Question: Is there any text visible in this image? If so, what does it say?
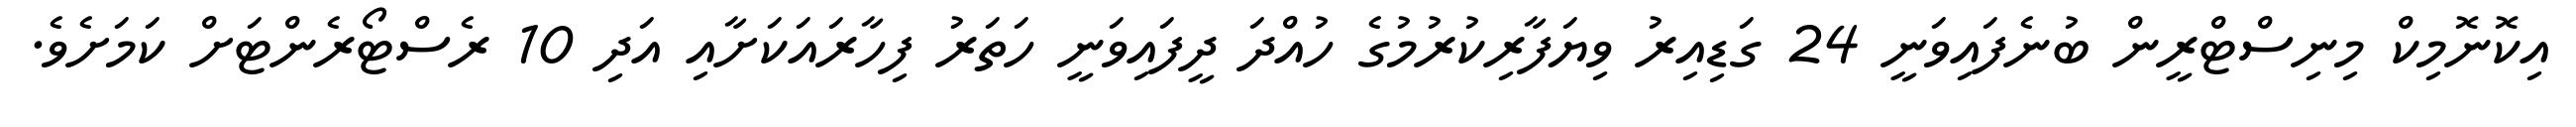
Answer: އިކޮނޮމިކް މިނިސްޓްރީން ބުނެފައިވަނީ 24 ގަޑިއިރު ވިޔަފާރިކުރުމުގެ ހުއްދަ ދީފައިވަނީ ހަތަރު ފިހާރައަކަށާއި އަދި 10 ރެސްޓޯރެންޓަށް ކަމަށެވެ.